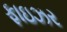
ફાઇઝર